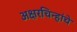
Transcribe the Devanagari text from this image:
अक्षरचिन्हांचे